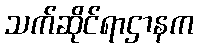
သက်ဆိုင်ရာဌာနက